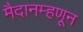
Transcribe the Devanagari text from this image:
मैदानम्हणून